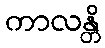
ကာလန္တိ